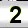
Digit: 2